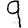
Digit: 9